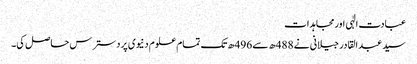
عبادت الٰہی اورمجاہدات
سید عبد القادر جیلانی نے 488ھ سے 496ھ تک تمام علوم دنیوی پردسترس حاصل کی۔